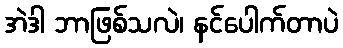
အဲဒါ ဘာဖြစ်သလဲ၊ နင်ပေါက်တာပဲ